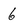
Character: 6